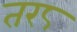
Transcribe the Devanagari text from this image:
तर८